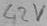
Text: 42V